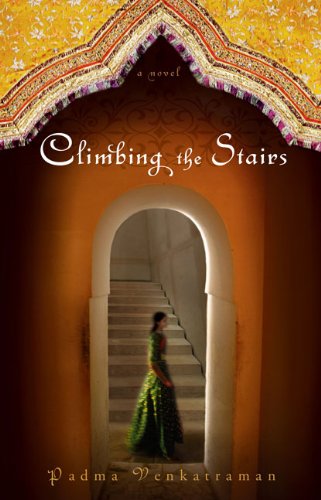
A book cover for Climbing the Stairs; Padma Venkatraman; Teen & Young Adult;